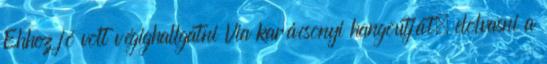
Ehhez jó volt végighallgatni Via karácsonyi hangoutját, elolvasni a